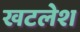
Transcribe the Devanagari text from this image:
खटलेश